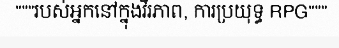
"""របស់អ្នកនៅក្នុងវីរភាព, ការប្រយុទ្ធ RPG"""